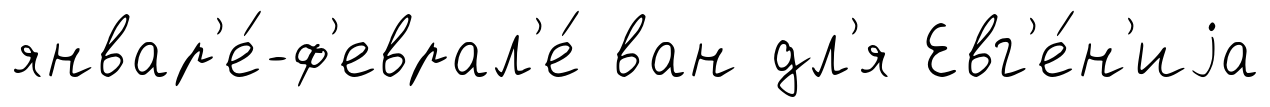
январ'е́-ф'еврал'е́ ван дл'я Евг'е́н'иjа